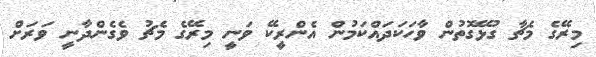
މިރޭގެ މެޗާ ގުޅޭގޮތުން ވާހަކަދައްކަމުން އެންރީކޭ ވަނީ މިރޭގެ މެޗު ވެގެންދާނީ ވަަރަށް